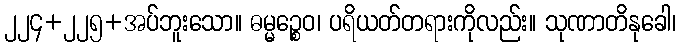
၂၂၄+၂၂၅+အပ်ဘူးသော။ ဓမ္မဉ္စေဝ၊ ပရိယတ်တရားကိုလည်း။ သုဏာတိနုခေါ၊